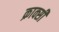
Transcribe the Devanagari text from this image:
क्राक्सी